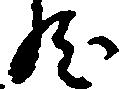
然